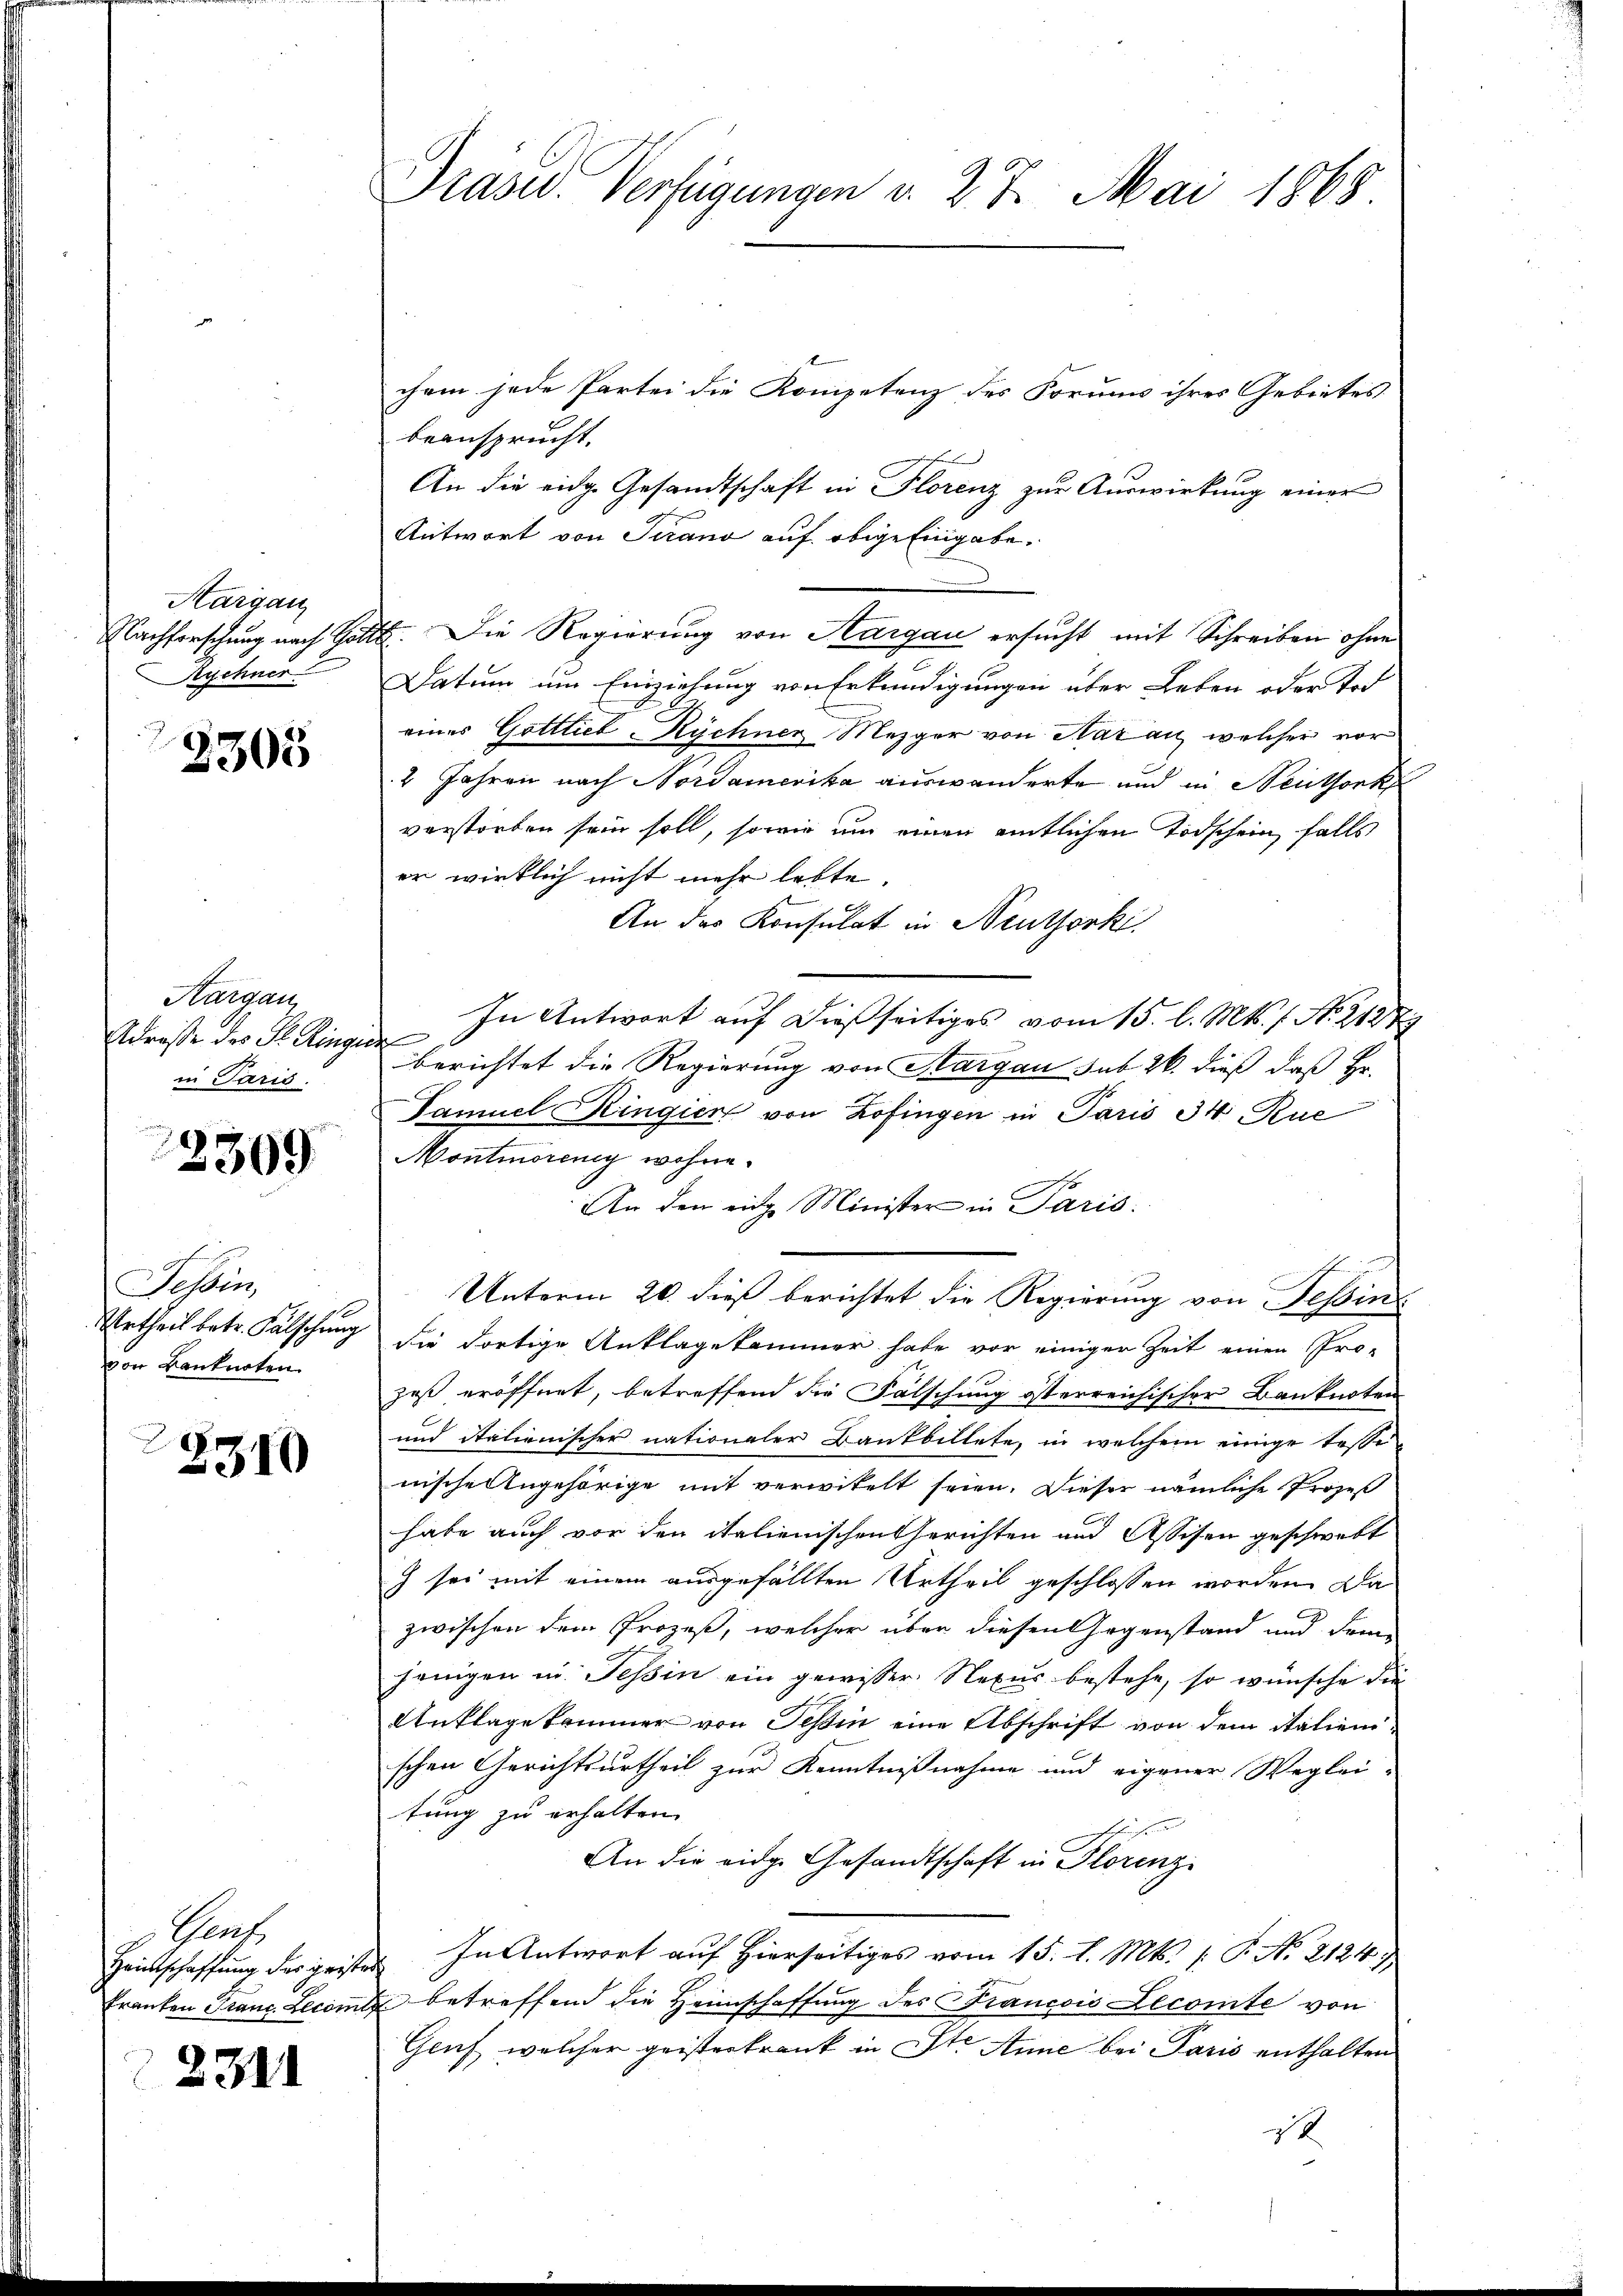
Margau
Nachforschung nach Got
Rychner.

3305

Hargau
Adresse des St. Ringe
in Paris.

2309

Tessin,
Urtheil betr. Fälschung
von Banknoten.

E
2310

Teuts
Hantschaffung der geiste
Franken Stauc. Llcomi

2311

Präsid. Verfügungen v. 27. Mai 1868

chem jede Partei die Kompetenz des Formus ihres Gebietes
beansprucht.
F
An die eidg. Gesandtschaft in Florenz zur Auswirkung einer
Antwort von Strano auf obige Eingabe¬
4. Die Regierung von Aargau ersucht mit Schreiben ohne
Datum um Einziehung von Erkundigungen über Leben oder Tod
eines Gottlieb Rychner Mezger von Nazan, welcher vor
2 Jahren nach Nordamerika auswanderte und in Neuthork
verstorben sein soll, sowie um einen amtlichen Todschein falls
er wirklich nicht mehr lebte.
An das Konsulat in Neuthork
In Antwort auf dießseitiges vom 15. l. Mts. f. No. 2127
a
berichtet die Regierung von Aargau sub 26. dieß, daß Hr.
Samuel Ringier von Zofingen in Paris 34 Rue
Montmoreng wohne.
An den eine Minister in Paris.
Unterm 20. dieß berichtet die Regierung von Tessin
die dortige Anklagekammer habe vor einiger Zeit einen Pro-
zeß eröffnet, betreffend die Fälschung österreichischer Banknoten
und italienischer nationaler Bankbillete, in welchem einige Tesse
nische Angehörige mit verwitelt seien. Dieser nämliche Prozeß
habe auch vor den italienischen Gerichten und Assisen geschwebt
g sei mit einem ausgefällten Urtheil geschlossen worden. Da
zwischen dem Prozeß, welcher über diesen Gegenstand und demn
jenigen in Tessin ein gewisser. Nexus bestehe, so wünsche die
Anklage kommer von Tessin eine Abschrift von dem Statien-
schen Gerichtsurtheil zur Kenntnißnahme und eigener Weglei-
tung zu erhalten.
An die eidge Gesandtschaft in Florenz
 In Antwort auf hierseitiges vom 15. d. Mts. [ P. No. 21247,
 betreffend die Heimschaffung des Francois Lecomite von
Gruf welcher geisterkrank in St. Anne bei Paris enthalten
i